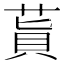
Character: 𦵊